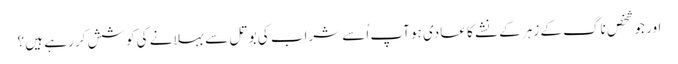
اور جو شخص ناگ کے زہر کے نشے کا عادی ہو آپ اُسے شراب کی بوتل سے بہلانے کی کوشش کر رہے ہیں ؟